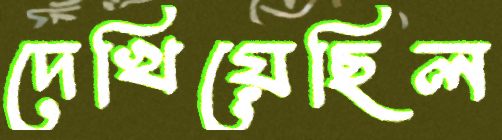
দেখিয়েছিল